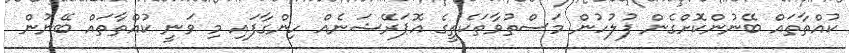
ކުއްތާތައް ބޭނުންކޮށްގެން ފުލުހުން މަސްތުވާތަކެތީގެ އޮޕަރޭޝަނެއް ހިންގާފައި މި ވަނީ ކުއްތާތައް ބޭނުން